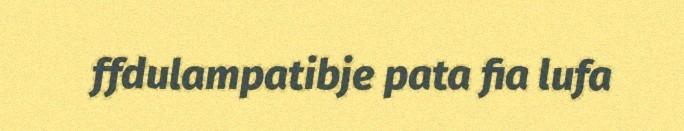
ffdulampatibje pata fia lufa